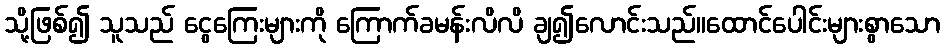
သို့ဖြစ်၍ သူသည် ငွေကြေးများကို ကြောက်ခမန်းလိလိ ချ၍လောင်းသည်။ထောင်ပေါင်းများစွာသော